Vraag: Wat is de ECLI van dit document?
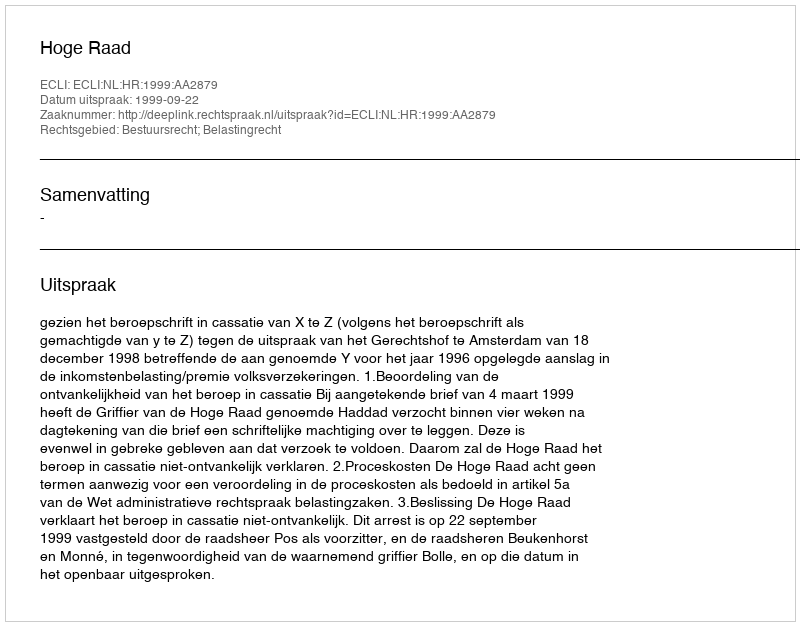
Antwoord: ECLI:NL:HR:1999:AA2879